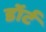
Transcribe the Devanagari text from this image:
डॉर्ट